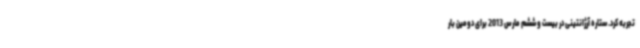
تجربه کرد. ستاره آرژانتینی در بیست و ششم مارس 2013 برای دومین بار